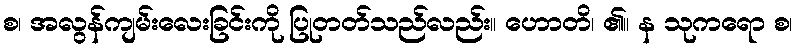
စ၊ အလွန်ကျမ်းလေးခြင်းကို ပြုတတ်သည်လည်း။ ဟောတိ၊ ၏။ န သုကရော စ၊